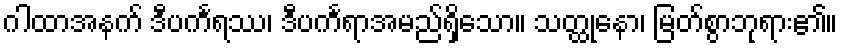
ဂါထာအနက် ဒီပင်္ကရဿ၊ ဒီပင်္ကရာအမည်ရှိသော။ သတ္ထုနော၊ မြတ်စွာဘုရား၏။